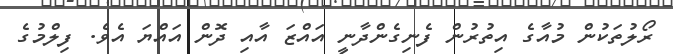
ރޯލުތަކުން މުއާގެ އިތުރުން ފެނިގެންދާނީ އައްޒަ އާއި ދޮން އައްޔަ އެވެ. ފިލްމުގެ